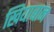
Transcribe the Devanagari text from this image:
खियाबान